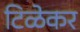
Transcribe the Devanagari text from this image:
टिळेकर